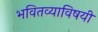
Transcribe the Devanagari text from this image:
भवितव्याविषयी